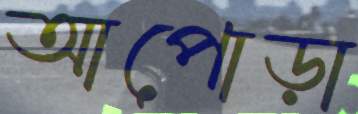
আপোড়া